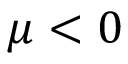
\mu < 0